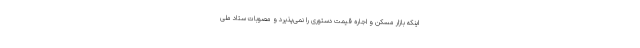
اینکه بازار مسکن و اجاره قیمت دستوری را نمی‌پذیرد و مصوبات ستاد ملی